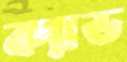
ক্যাড